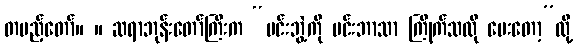
တပည့်တော်။ ။ ဆရာဘုန်းတော်ကြီးက “မင်းဘွဲ့ကို မင်းဘာသာ ကြိုက်သလို ပေးတော့”လို့